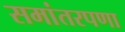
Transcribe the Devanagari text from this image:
समांतरपणा